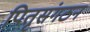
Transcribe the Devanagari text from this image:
पितृसंगठन